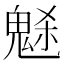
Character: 𩲺